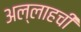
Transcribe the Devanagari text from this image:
अल्लाहची